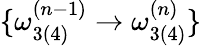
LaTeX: \{ \omega_{3(4)}^{(n-1)}\rightarrow\omega_{3(4)}^{(n)}\}